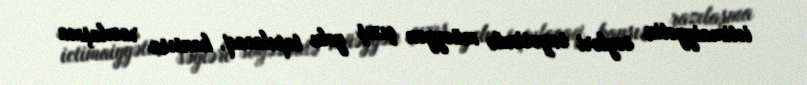
ictimaiyyətin səyləri sayəsində müəyyən çıxış yolu tapılacaq, hansısa razılaşma